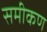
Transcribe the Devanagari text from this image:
समीकण